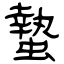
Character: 蟄